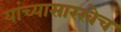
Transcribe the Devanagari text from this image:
यांच्यासारखेच